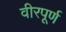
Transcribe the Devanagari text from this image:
वीरपूर्ण